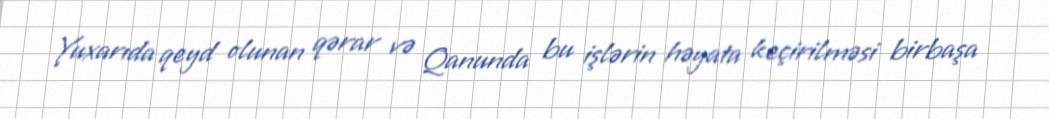
Yuxarıda qeyd olunan qərar və Qanunda bu işlərin həyata keçirilməsi birbaşa